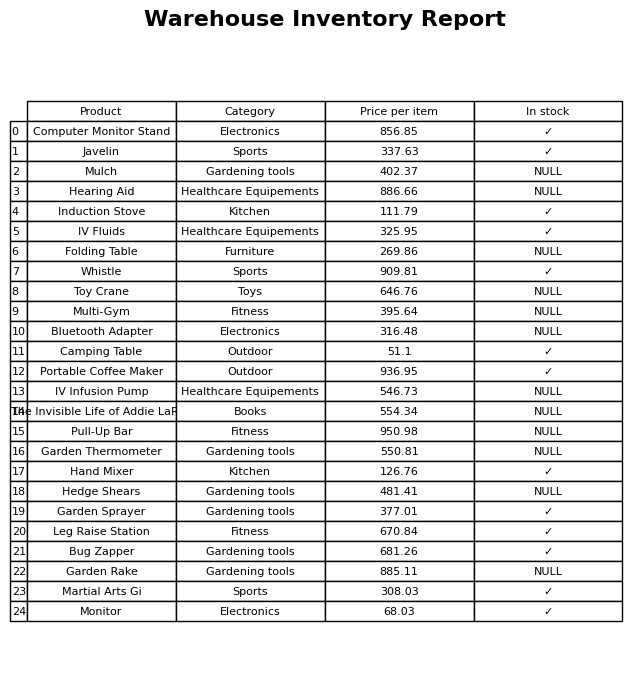
question: What is the price for Garden Rake?
answer: The price of Garden Rake is 885.11.